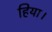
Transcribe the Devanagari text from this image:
हिया।